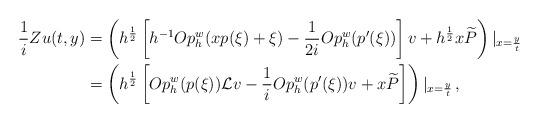
LaTeX: \begin{align*} \frac{1}{i}Zu(t,y) & = \left(h^{\frac{1}{2}} \left[ h^{-1}Op_h^w(xp(\xi) + \xi) - \frac{1}{2i}Op_h^w(p'(\xi)) \right] v + h^{\frac{1}{2}} x \widetilde{P} \right)|_{x=\frac{y}{t}}\\& = \left(h^{\frac{1}{2}} \left[Op_h^w(p(\xi))\mathcal{L}v - \frac{1}{i}Op_h^w(p'(\xi))v + x\widetilde{P} \right] \right)|_{x=\frac{y}{t}}\,, \end{align*}